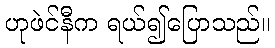
ဟုဖဲင်နီက ရယ်၍ပြောသည်။